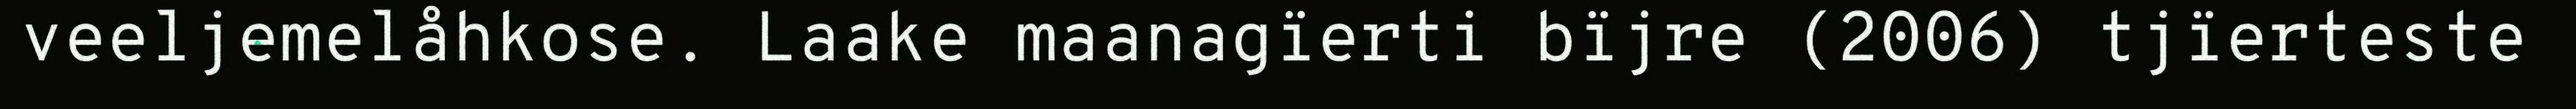
veeljemelåhkose. Laake maanagïerti bïjre (2006) tjïerteste